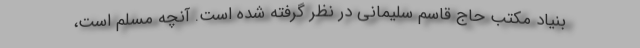
بنیاد مکتب حاج قاسم سلیمانی در نظر گرفته شده است. آنچه مسلم است،